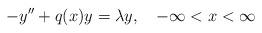
LaTeX: \begin{align*}-y^{\prime\prime}+q(x)y=\lambda y,\quad-\infty<x<\infty\end{align*}